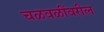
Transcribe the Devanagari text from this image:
चळवळींवरील